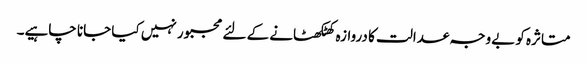
متاثرہ کو بےوجہ عدالت کا دروازہ کھٹکھٹانے کے لئے مجبور نہیں کیا جانا چاہیے۔